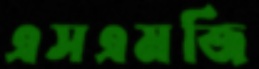
এসএমজি